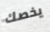
يخصك